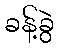
ခန့်ခွဲ